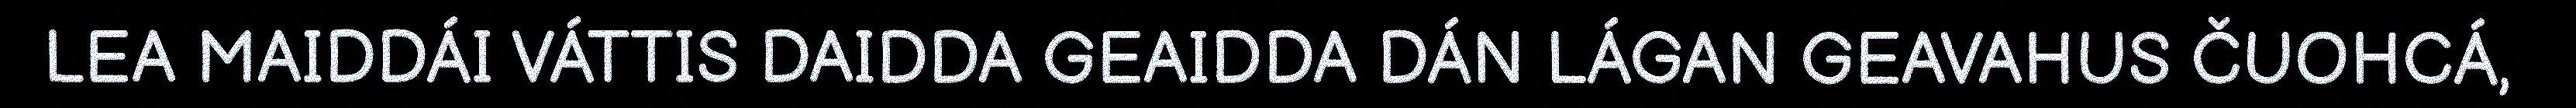
LEA MAIDDÁI VÁTTIS DAIDDA GEAIDDA DÁN LÁGAN GEAVAHUS ČUOHCÁ,